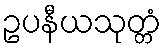
ဥပနီယသုတ္တံ